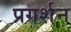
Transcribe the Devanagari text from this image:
प्रगर्शन